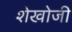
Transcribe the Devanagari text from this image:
शेखोजी